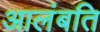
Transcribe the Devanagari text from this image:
आलंबति